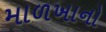
માળખાનો